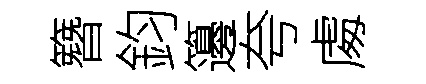
簪鈞籩夸䖏